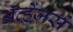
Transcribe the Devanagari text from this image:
ॲव्हेंजर्स